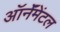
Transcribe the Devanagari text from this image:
ऑर्नॅमेंटल